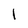
Character: l